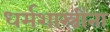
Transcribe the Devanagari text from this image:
धर्मशास्त्रींना